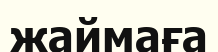
жаймаға